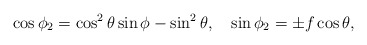
\begin{align*}\cos{\phi_2}=\cos^2{\theta}\sin{\phi} -\sin^2{\theta}, \quad \sin{\phi_2}=\pm f\cos{\theta},\end{align*}